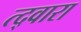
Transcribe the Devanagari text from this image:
त्द्वारा